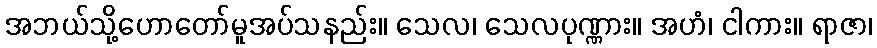
အဘယ်သို့ဟောတော်မူအပ်သနည်း။ သေလ၊ သေလပုဏ္ဏား။ အဟံ၊ ငါကား။ ရာဇာ၊